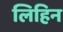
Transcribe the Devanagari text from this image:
लिहिन